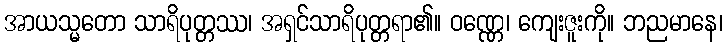
အာယသ္မတော သာရိပုတ္တဿ၊ အရှင်သာရိပုတ္တရာ၏။ ဝဏ္ဏေ၊ ကျေးဇူးကို။ ဘညမာနေ၊